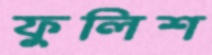
ফুলিশ